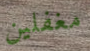
مغفلين